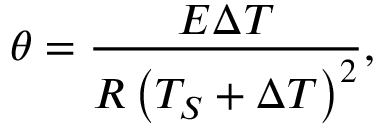
\theta = \frac { E \Delta T } { R \left( T _ { S } + \Delta T \right) ^ { 2 } } ,